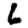
Digit: 6